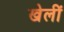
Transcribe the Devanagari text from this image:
खेलीं